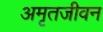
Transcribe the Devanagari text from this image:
अमृतजीवन